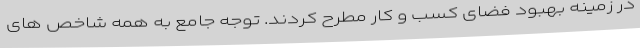
در زمینه بهبود فضای کسب و کار مطرح کردند. توجه جامع به همه شاخص های